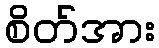
စိတ်အား